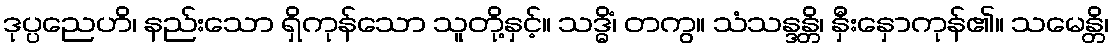
ဒုပ္ပညေဟိ၊ နည်းသော ရှိကုန်သော သူတို့နှင့်။ သဒ္ဓိံ၊ တကွ။ သံသန္ဒန္တိ၊ နှီးနှောကုန်၏။ သမေန္တိ၊